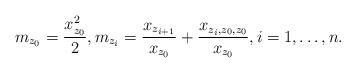
LaTeX: \begin{align*} m_{z_0}=\frac{x_{z_0}^2}{2},m_{z_i}=\frac{x_{z_{i+1}}}{x_{z_0}}+\frac{x_{z_i,z_0,z_0}}{x_{z_0}},i=1,\dots, n.\end{align*}